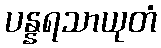
ပန္နရသာယုတံ